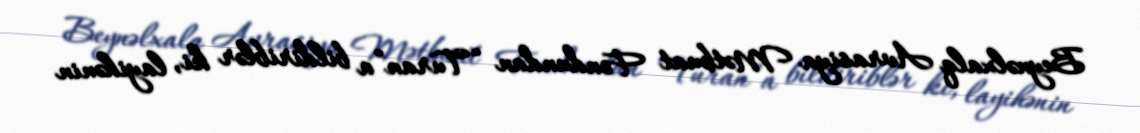
Beynəlxalq Avrasiya Mətbuat Fondundan “Turan”a bildiriblər ki, layihənin